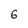
Character: 6